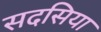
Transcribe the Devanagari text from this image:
सदसिया